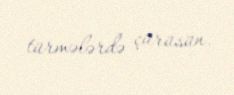
türmələrdə çürüsün.